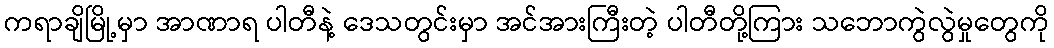
ကရာချိမြို့မှာ အာဏာရ ပါတီနဲ့ ဒေသတွင်းမှာ အင်အားကြီးတဲ့ ပါတီတို့ကြား သဘောကွဲလွဲမှုတွေကို